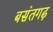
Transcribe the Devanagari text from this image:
बसंतगढ़